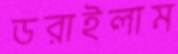
ডরাইলাম